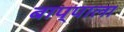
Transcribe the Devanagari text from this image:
बाप्पाला